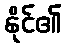
နိုင်၏